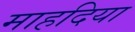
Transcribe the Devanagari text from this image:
माहदिया